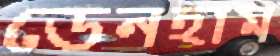
ডেনহাম